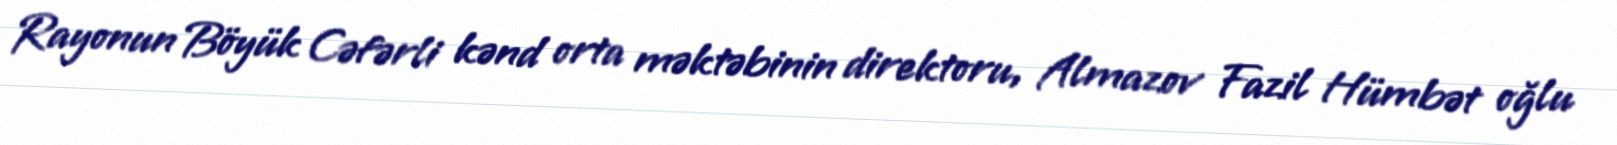
Rayonun Böyük Cəfərli kənd orta məktəbinin direktoru, Almazov Fazil Hümbət oğlu